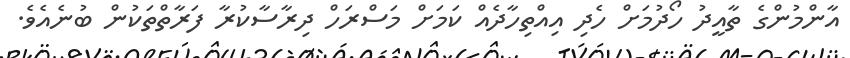
އާންމުންގެ ތާއީދު ހޯދުމަށް ހެދި އިއްތިހާދެއް ކަމަށް މަސްރަހް ދިރާސާކުރާ ފަރާތްތަކުން ބުނެއެވެ.